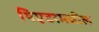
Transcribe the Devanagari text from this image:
थिएटरमधील